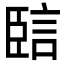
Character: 䛗